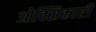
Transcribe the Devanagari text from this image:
ओक्सिकारी